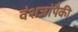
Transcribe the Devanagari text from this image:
वंशजांपैकी